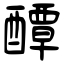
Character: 醰